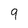
Character: 9